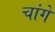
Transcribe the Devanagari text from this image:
चांगे